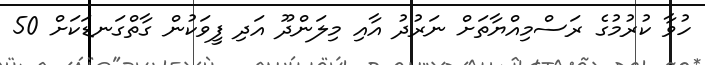
ހުވާ ކުރުމުގެ ރަސްމިއްޔާތަށް ނަރުދު އާއި މިލަންދޫ އަދި ފީވަކުން ގާތްގަނޑަކަށް 50